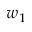
w _ { 1 }